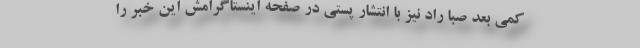
کمی بعد صبا راد نیز با انتشار پستی در صفحه اینستاگرامش این خبر را